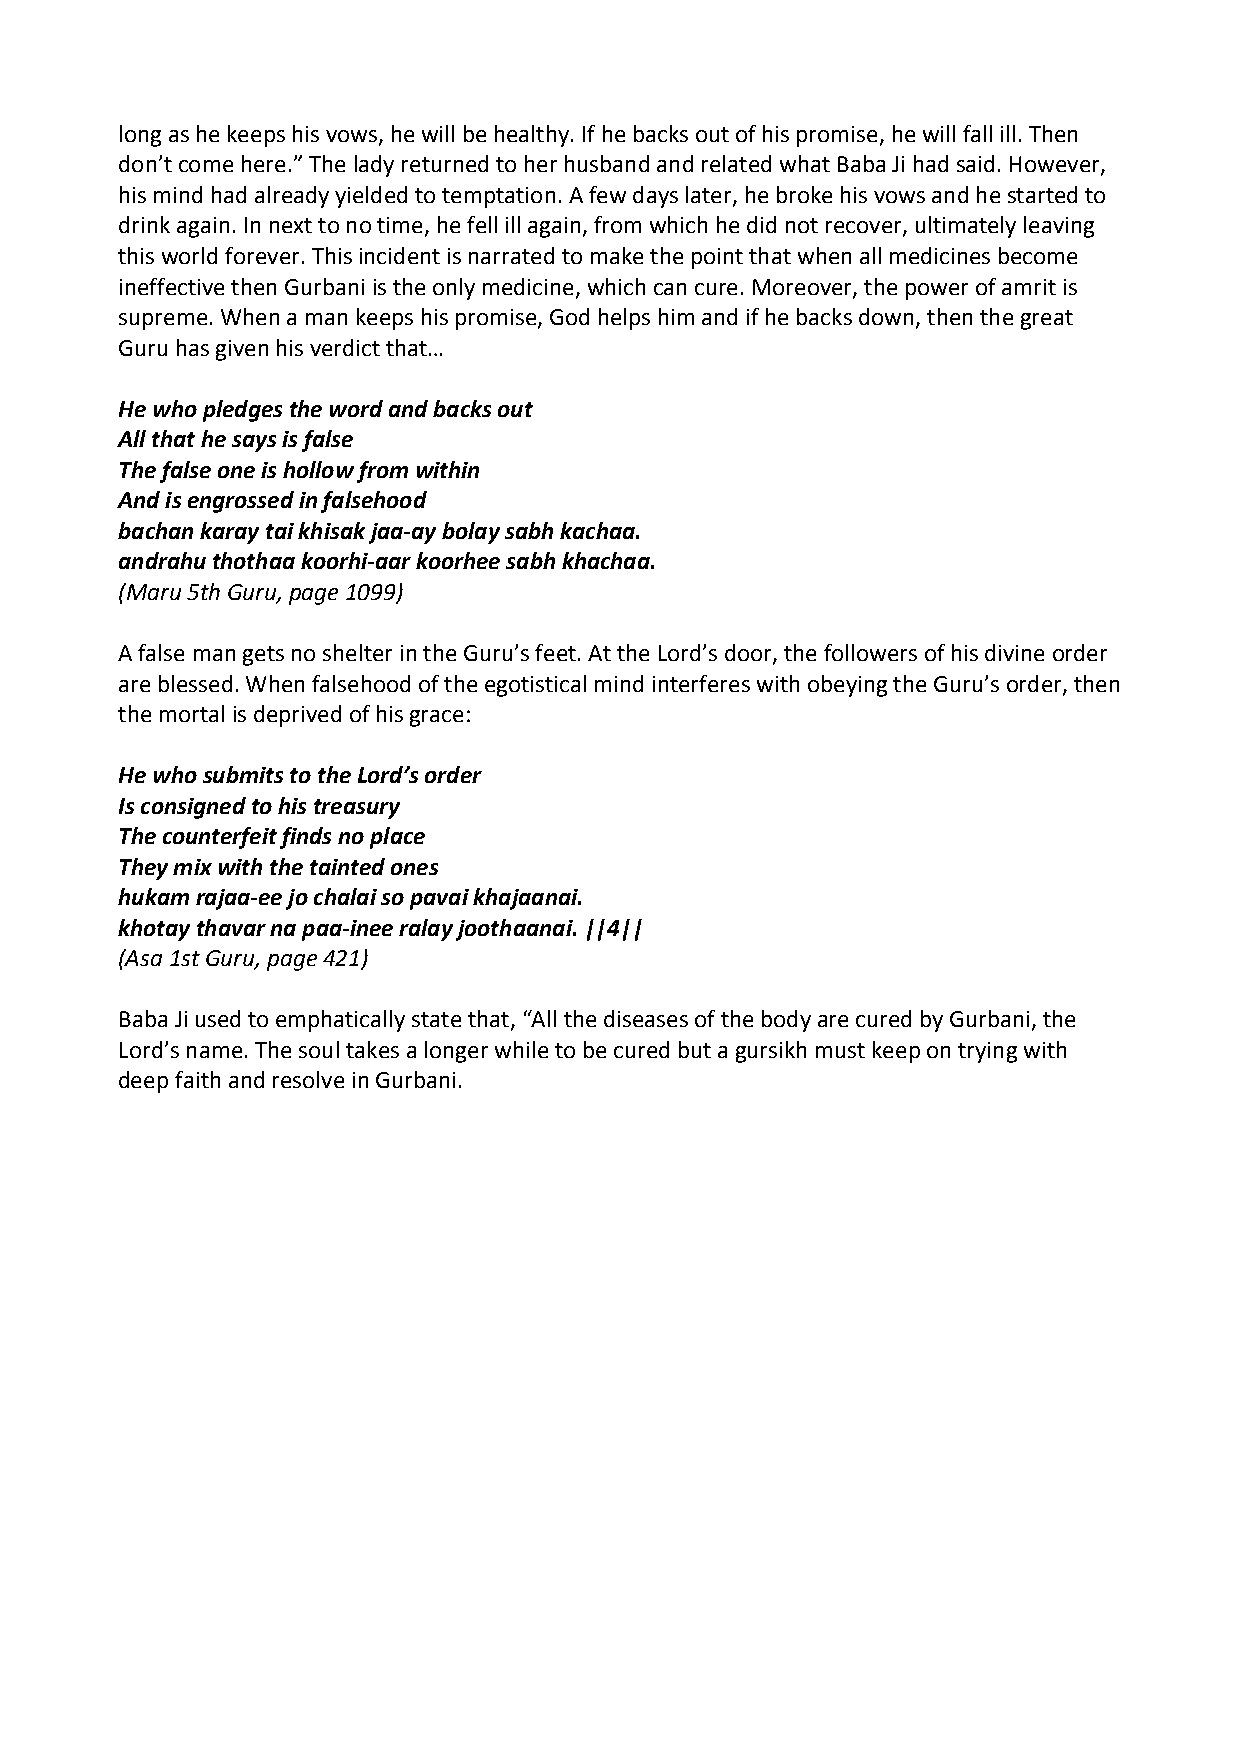
long as he keeps his vows, he will be healthy. If he backs out of his promise, he will fall ill. Then
 don’t come here.” The lady returned to her husband and related what Baba Ji had said. However,
 his mind had already yielded to temptation. A few days later, he broke his vows and he started to
 drink again. In next to no time, he fell ill again, from which he did not recover, ultimately leaving
 this world forever. This incident is narrated to make the point that when all medicines become
 ineffective then Gurbani is the only medicine, which can cure. Moreover, the power of amrit is
 supreme. When a man keeps his promise, God helps him and if he backs down, then the great
 Guru has given his verdict that…
 He who pledges the word and backs out
 All that he says is false
 The false one is hollow from within
 And is engrossed in falsehood
 bachan karay tai khisak jaa‐ay bolay sabh kachaa.
 andrahu thothaa koorhi‐aar koorhee sabh khachaa.
 (Maru 5th Guru, page 1099)
 A false man gets no shelter in the Guru’s feet. At the Lord’s door, the followers of his divine order
 are blessed. When falsehood of the egotistical mind interferes with obeying the Guru’s order, then
 the mortal is deprived of his grace:
 He who submits to the Lord’s order
 Is consigned to his treasury
 The counterfeit finds no place
 They mix with the tainted ones
 hukam rajaa‐ee jo chalai so pavai khajaanai.
 khotay thavar na paa‐inee ralay joothaanai. ||4||
 (Asa 1st Guru, page 421)
 Baba Ji used to emphatically state that, “All the diseases of the body are cured by Gurbani, the
 Lord’s name. The soul takes a longer while to be cured but a gursikh must keep on trying with
 deep faith and resolve in Gurbani.